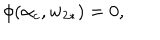
LaTeX: \phi ( \alpha _ { c } , w _ { 2 \ast } ) = 0 ,